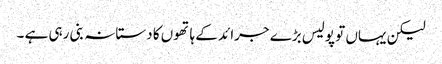
لیکن یہاں تو پولیس بڑے جرائد کے ہاتھوں کا دستانہ بنی رہی ہے ۔